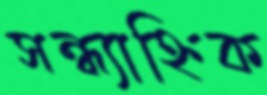
সন্ধ্যাহ্নিক